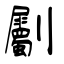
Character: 劚